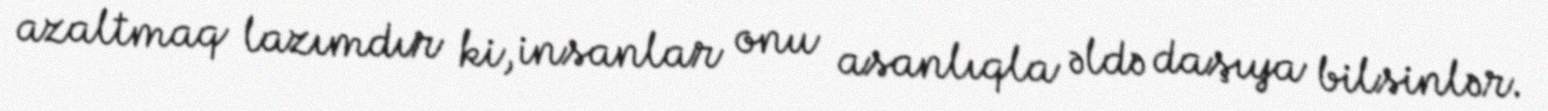
azaltmaq lazımdır ki, insanlar onu asanlıqla əldə daşıya bilsinlər.